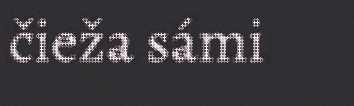
čieža sámi